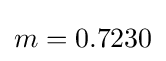
m=0.7230